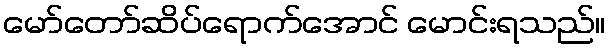
မော်တော်ဆိပ်ရောက်အောင် မောင်းရသည်။